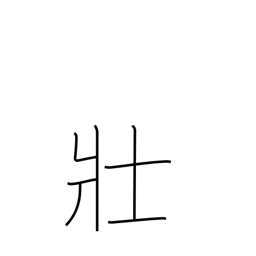
Meaning: name of tribe